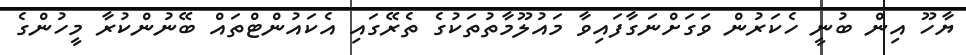
ޔާހޫ އިން ބުނީ ހެކަރުން ވަގަށްނަގާފައިވާ މައުލޫމާތުތަކުގެ ތެރޭގައި އެކައުންޓްތައް ބޭނުންކުރާ މީހުންގެ